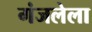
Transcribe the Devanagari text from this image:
गंजलेला